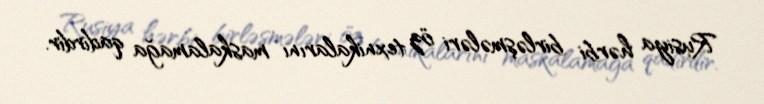
Rusiya hərbi birləşmələri öz texnikalarını maskalamağa qadirdir.